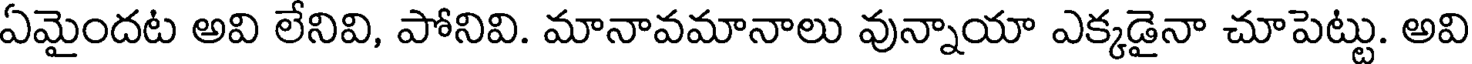
ఏమైందట అవి లేనివి, పోనివి. మానావమానాలు వున్నాయా ఎక్కడైనా చూపెట్టు. అవి